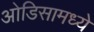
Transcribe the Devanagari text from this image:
ओडिसामध्ये